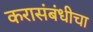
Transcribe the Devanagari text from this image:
करासंबंधीचा